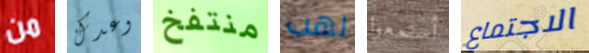
من وعدك منتفخ لهب أستمعوا الاجتماع